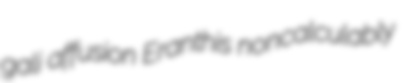
gali affusion Eranthis noncalculably